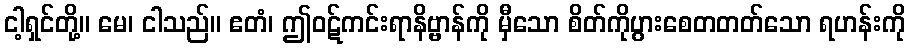
ငါ့ရှင်တို့။ မေ၊ ငါသည်။ ဧတံ၊ ဤဝဋ်ကင်းရာနိဗ္ဗာန်ကို မှီသော စိတ်ကိုပွားစေတတတ်သော ရဟန်းကို